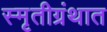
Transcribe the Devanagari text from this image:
स्मृतीग्रंथात